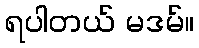
ရပါတယ် မဒမ်။